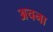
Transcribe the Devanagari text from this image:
अचना